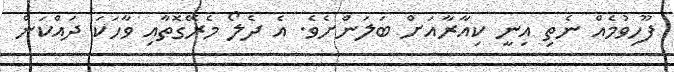
ފޫހިވުމެއް ނެތި އިނީ ކިއާރާއަށް ބަލަންށެވެ. އެ ދެލޯ މެރޭގޮތާއި ވާހަކަ ދައްކަން